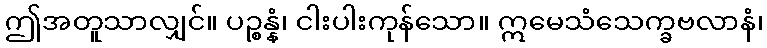
ဤအတူသာလျှင်။ ပဉ္စန္နံ၊ ငါးပါးကုန်သော။ ဣမေသံသေက္ခဗလာနံ၊